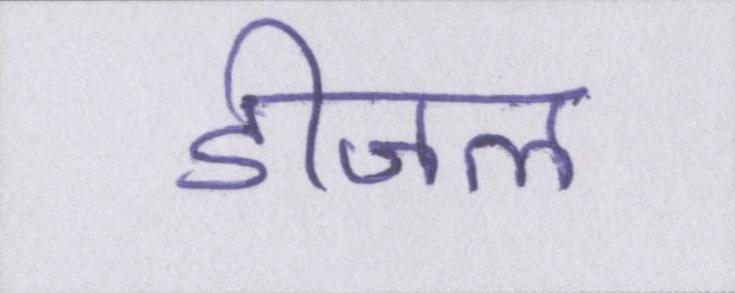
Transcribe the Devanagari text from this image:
डीजल